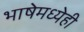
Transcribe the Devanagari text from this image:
भाषेमध्येही